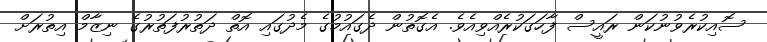
ސޮއިކުރެވުނުކަން ރައީސް ފާހަގަކުރެއްވިއެވެ. އެގޮތުން ދެގައުމުގެ މެދުގައި އޮތް ދަތުރުފަތުރުގެ ނިޒާމް އިތުރަށް